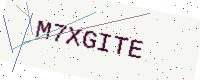
Text: M7XGITE